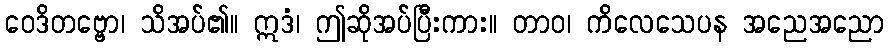
ဝေဒိတဗ္ဗော၊ သိအပ်၏။ ဣဒံ၊ ဤဆိုအပ်ပြီးကား။ တာဝ၊ ကိလေသေပန အညေအညော